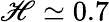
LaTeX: \mathscr{H}\simeq0.7